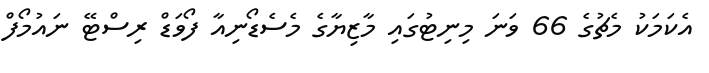
އެކަމަކު މެޗުގެ 66 ވަނަ މިނިޓުގައި މާޒިޔާގެ މެސެޑޯނިއާ ފޯވަޑް ރިސްޓޭ ނައުމޯފް